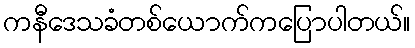
ကနီဒေသခံတစ်ယောက်ကပြောပါတယ်။